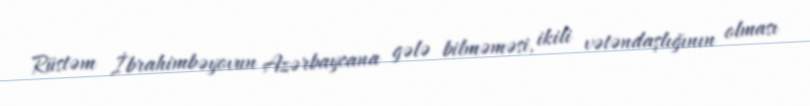
Rüstəm İbrahimbəyovun Azərbaycana gələ bilməməsi, ikili vətəndaşlığının olması